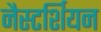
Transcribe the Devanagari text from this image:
नैस्टर्शियन